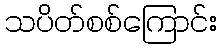
သပိတ်စစ်ကြောင်း